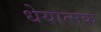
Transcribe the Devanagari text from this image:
धेयात्मक